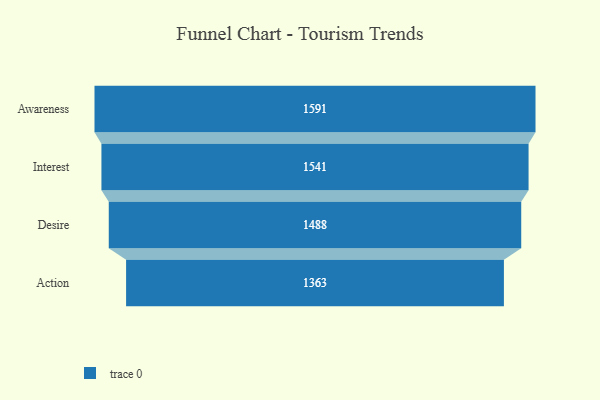
{"axis": {"x": "Stage", "y": "Value"}, "legend": [""], "data": [{"x": "Awareness", "y": 1591.0, "type": ""}, {"x": "Interest", "y": 1541.0, "type": ""}, {"x": "Desire", "y": 1488.0, "type": ""}, {"x": "Action", "y": 1363.0, "type": ""}]}